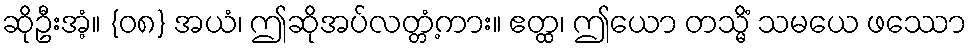
ဆိုဦးအံ့။ {၀၈} အယံ၊ ဤဆိုအပ်လတ္တံ့ကား။ ဧတ္ထ၊ ဤယော တသ္မိံ သမယေ ဖဿော